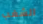
الشغب